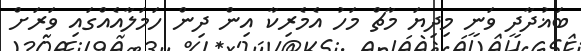
ބަޣުދާދީ ވަނީ މިދިޔަ މާޗް މަހު އެމެރިކާ އިން ދިން ހަމަލާއެއްގައި ވަރަށް